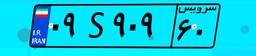
۲۵S۱۶۸۳۲